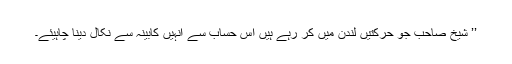
’’ شیخ صاحب جو حرکتیں لندن میں کر رہے ہیں اس حساب سے انہیں کابینہ سے نکال دینا چاہیئے۔